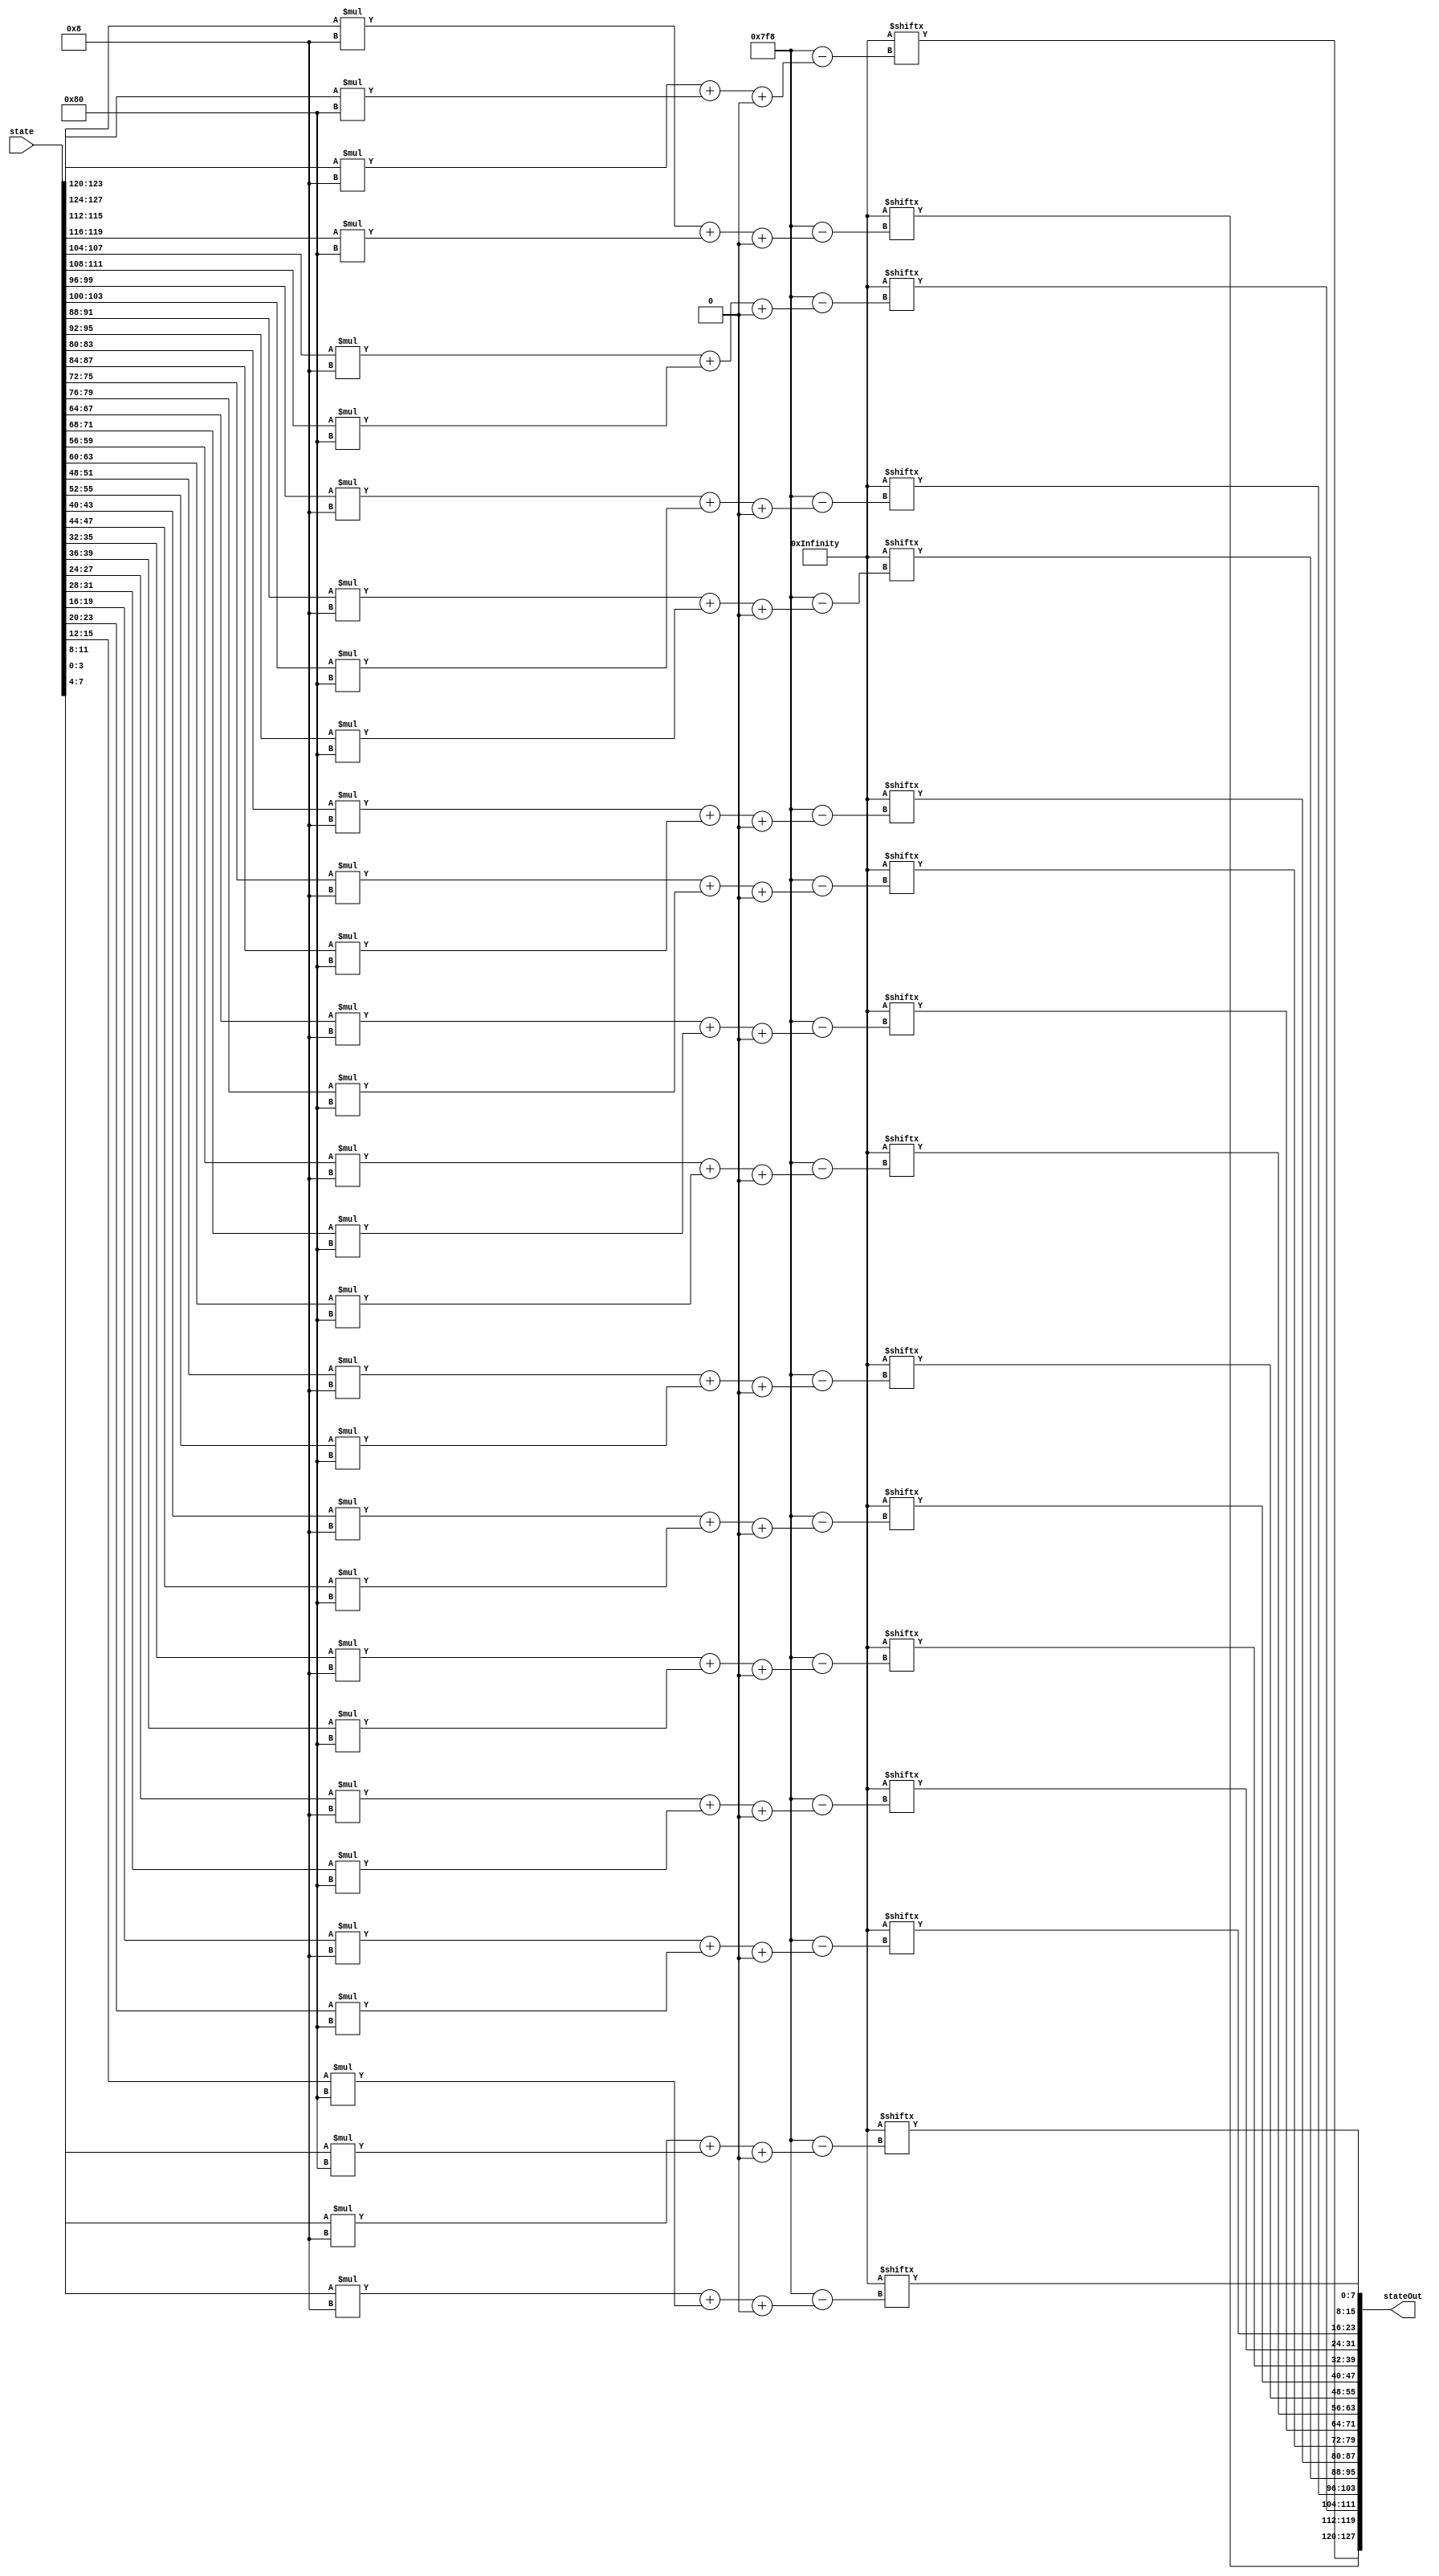
module subBytes(	input [0:127] state,			// unsigned 16-byte message to be encrypted in subBytes
					output [0:127] stateOut);	// unsigned 16-byte encrypted message after subBytes
	
	wire [0:2047] cypher =  {8'h63 ,8'h7c ,8'h77 ,8'h7b ,8'hf2 ,8'h6b ,8'h6f ,8'hc5 ,8'h30 ,8'h01 ,8'h67 ,8'h2b ,8'hfe ,8'hd7 ,8'hab ,8'h76
							,8'hca ,8'h82 ,8'hc9 ,8'h7d ,8'hfa ,8'h59 ,8'h47 ,8'hf0 ,8'had ,8'hd4 ,8'ha2 ,8'haf ,8'h9c ,8'ha4 ,8'h72 ,8'hc0
							,8'hb7 ,8'hfd ,8'h93 ,8'h26 ,8'h36 ,8'h3f ,8'hf7 ,8'hcc ,8'h34 ,8'ha5 ,8'he5 ,8'hf1 ,8'h71 ,8'hd8 ,8'h31 ,8'h15
							,8'h04 ,8'hc7 ,8'h23 ,8'hc3 ,8'h18 ,8'h96 ,8'h05 ,8'h9a ,8'h07 ,8'h12 ,8'h80 ,8'he2 ,8'heb ,8'h27 ,8'hb2 ,8'h75
							,8'h09 ,8'h83 ,8'h2c ,8'h1a ,8'h1b ,8'h6e ,8'h5a ,8'ha0 ,8'h52 ,8'h3b ,8'hd6 ,8'hb3 ,8'h29 ,8'he3 ,8'h2f ,8'h84
							,8'h53 ,8'hd1 ,8'h00 ,8'hed ,8'h20 ,8'hfc ,8'hb1 ,8'h5b ,8'h6a ,8'hcb ,8'hbe ,8'h39 ,8'h4a ,8'h4c ,8'h58 ,8'hcf
							,8'hd0 ,8'hef ,8'haa ,8'hfb ,8'h43 ,8'h4d ,8'h33 ,8'h85 ,8'h45 ,8'hf9 ,8'h02 ,8'h7f ,8'h50 ,8'h3c ,8'h9f ,8'ha8
							,8'h51 ,8'ha3 ,8'h40 ,8'h8f ,8'h92 ,8'h9d ,8'h38 ,8'hf5 ,8'hbc ,8'hb6 ,8'hda ,8'h21 ,8'h10 ,8'hff ,8'hf3 ,8'hd2
							,8'hcd ,8'h0c ,8'h13 ,8'hec ,8'h5f ,8'h97 ,8'h44 ,8'h17 ,8'hc4 ,8'ha7 ,8'h7e ,8'h3d ,8'h64 ,8'h5d ,8'h19 ,8'h73
							,8'h60 ,8'h81 ,8'h4f ,8'hdc ,8'h22 ,8'h2a ,8'h90 ,8'h88 ,8'h46 ,8'hee ,8'hb8 ,8'h14 ,8'hde ,8'h5e ,8'h0b ,8'hdb
							,8'he0 ,8'h32 ,8'h3a ,8'h0a ,8'h49 ,8'h06 ,8'h24 ,8'h5c ,8'hc2 ,8'hd3 ,8'hac ,8'h62 ,8'h91 ,8'h95 ,8'he4 ,8'h79
							,8'he7 ,8'hc8 ,8'h37 ,8'h6d ,8'h8d ,8'hd5 ,8'h4e ,8'ha9 ,8'h6c ,8'h56 ,8'hf4 ,8'hea ,8'h65 ,8'h7a ,8'hae ,8'h08
							,8'hba ,8'h78 ,8'h25 ,8'h2e ,8'h1c ,8'ha6 ,8'hb4 ,8'hc6 ,8'he8 ,8'hdd ,8'h74 ,8'h1f ,8'h4b ,8'hbd ,8'h8b ,8'h8a
							,8'h70 ,8'h3e ,8'hb5 ,8'h66 ,8'h48 ,8'h03 ,8'hf6 ,8'h0e ,8'h61 ,8'h35 ,8'h57 ,8'hb9 ,8'h86 ,8'hc1 ,8'h1d ,8'h9e
							,8'he1 ,8'hf8 ,8'h98 ,8'h11 ,8'h69 ,8'hd9 ,8'h8e ,8'h94 ,8'h9b ,8'h1e ,8'h87 ,8'he9 ,8'hce ,8'h55 ,8'h28 ,8'hdf
							,8'h8c ,8'ha1 ,8'h89 ,8'h0d ,8'hbf ,8'he6 ,8'h42 ,8'h68 ,8'h41 ,8'h99 ,8'h2d ,8'h0f ,8'hb0 ,8'h54 ,8'hbb ,8'h16};				
					
	assign stateOut[0:7] = cypher[state[4:7] * 8 + state[0:3] * 128 +: 8];
	assign stateOut[8:15] = cypher[state[12:15] * 8 + state[8:11] * 128 +: 8];
	assign stateOut[16:23] = cypher[state[20:23] * 8 + state[16:19] * 128 +: 8];
	assign stateOut[24:31] = cypher[state[28:31] * 8 + state[24:27] * 128 +: 8];
	assign stateOut[32:39] = cypher[state[36:39] * 8 + state[32:35] * 128 +: 8];
	assign stateOut[40:47] = cypher[state[44:47] * 8 + state[40:43] * 128 +: 8];
	assign stateOut[48:55] = cypher[state[52:55] * 8 + state[48:51] * 128 +: 8];
	assign stateOut[56:63] = cypher[state[60:63] * 8 + state[56:59] * 128 +: 8];
	assign stateOut[64:71] = cypher[state[68:71] * 8 + state[64:67] * 128 +: 8];
	assign stateOut[72:79] = cypher[state[76:79] * 8 + state[72:75] * 128 +: 8];
	assign stateOut[80:87] = cypher[state[84:87] * 8 + state[80:83] * 128 +: 8];
	assign stateOut[88:95] = cypher[state[92:95] * 8 + state[88:91] * 128 +: 8];
	assign stateOut[96:103] = cypher[state[100:103] * 8 + state[96:99] * 128 +: 8];
	assign stateOut[104:111] = cypher[state[108:111] * 8 + state[104:107] * 128 +: 8];
	assign stateOut[112:119] = cypher[state[116:119] * 8 + state[112:115] * 128 +: 8];
	assign stateOut[120:127] = cypher[state[124:127] * 8 + state[120:123] * 128 +: 8];					
	
endmodule